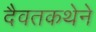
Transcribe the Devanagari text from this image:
दैवतकथेने